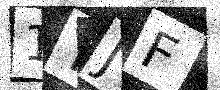
Text: 1YJF